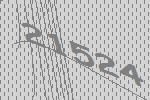
21524